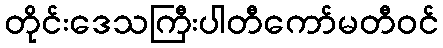
တိုင်းဒေသကြီးပါတီကော်မတီဝင်